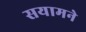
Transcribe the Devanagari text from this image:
सयामने